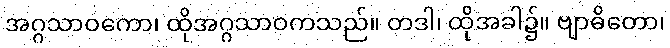
အဂ္ဂသာဝကော၊ ထိုအဂ္ဂသာဝကသည်။ တဒါ၊ ထိုအခါ၌။ ဗျာဓိတော၊